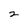
Character: 2